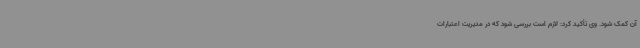
آن کمک شود. وی تأکید کرد: لازم است بررسی شود که در مدیریت اعتبارات